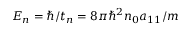
E _ { n } = \hbar / t _ { n } = 8 \pi \hbar ^ { 2 } n _ { 0 } a _ { 1 1 } / m